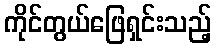
ကိုင်တွယ်ဖြေရှင်းသည့်